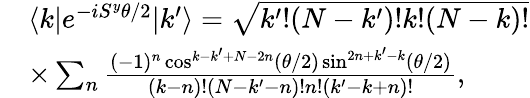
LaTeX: \begin{array}{rl}&{\langle k|e^{-iS^{y}\theta/2}|k^{\prime}\rangle=\sqrt{k^{\prime}!(N-k^{\prime})!k!(N-k)!}}\\ &{\times\sum_{n}\frac{(-1)^{n}\cos^{k-k^{\prime}+N-2n}(\theta/2)\sin^{2n+k^{\prime}-k}(\theta/2)}{(k-n)!(N-k^{\prime}-n)!n!(k^{\prime}-k+n)!},}\end{array}